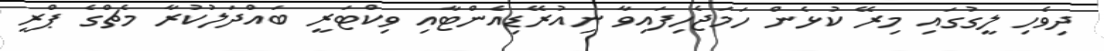
ދިވެހި ލީގުގައި މިރޭ ކުޅެން ހަމަޖެހިފައިވާ ނިއުރޭޑިއެންޓާއި ވިކްޓަރީ ބައްދަލުކުރާ މެޗްގެ ޕްރީ